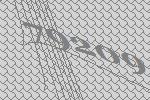
79209